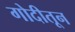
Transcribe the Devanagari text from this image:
गोदीतून